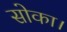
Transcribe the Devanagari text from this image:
सोका।